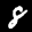
Label: 8